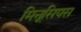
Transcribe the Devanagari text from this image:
मिनूसियस